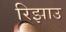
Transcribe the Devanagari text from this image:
रिझाउ